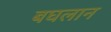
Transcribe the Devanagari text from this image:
बघलान